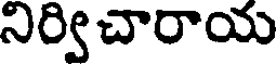
నిర్విచారాయ